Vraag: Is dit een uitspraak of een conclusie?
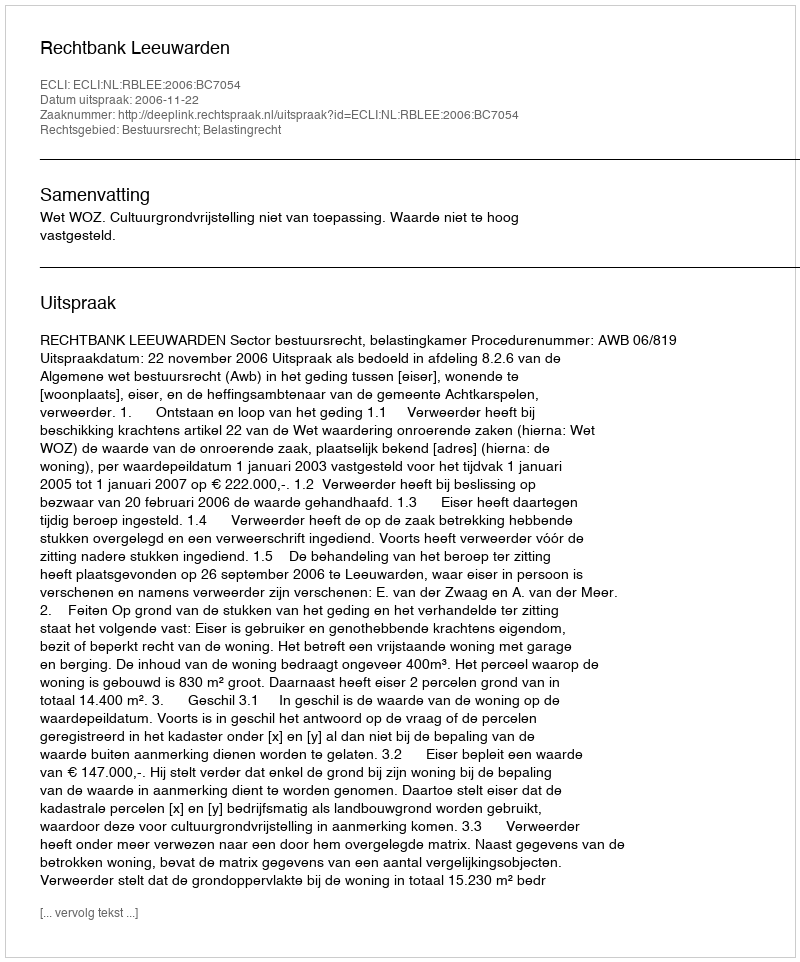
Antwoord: Uitspraak